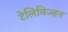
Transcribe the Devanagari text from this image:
टेलिविज्हन